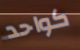
كواحد